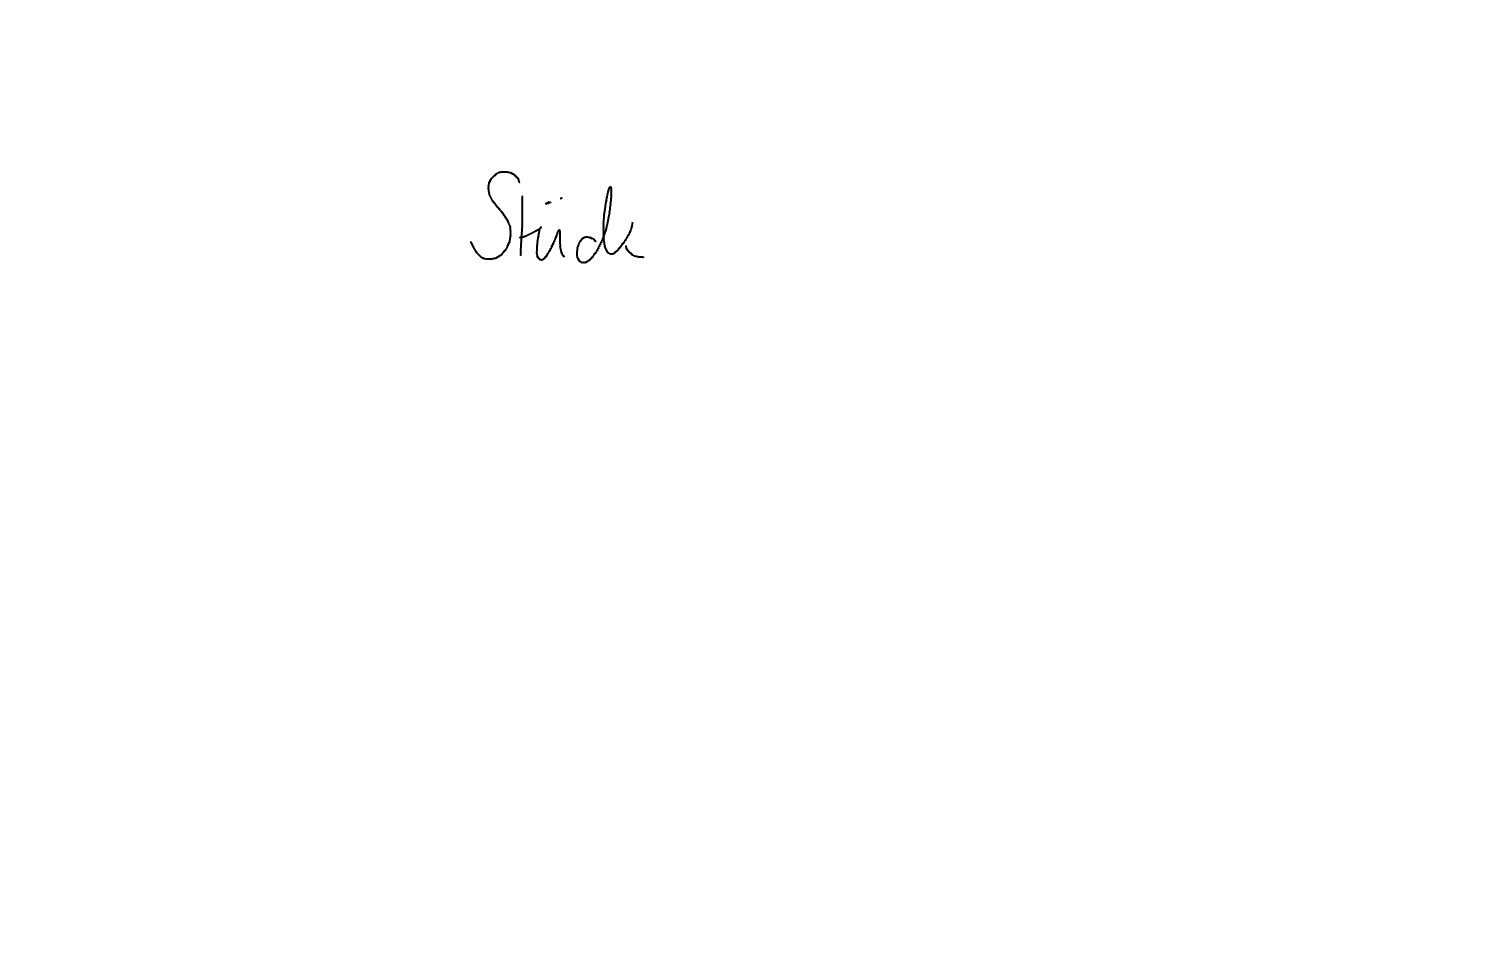
Text: Stück